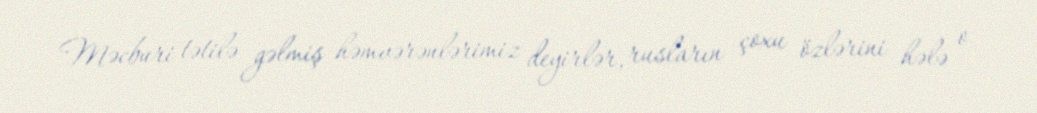
Məcburi tətilə gəlmiş həmvərənlərimiz deyirlər, rusların çoxu özlərini hələ o